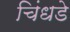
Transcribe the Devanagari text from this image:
चिंधडे